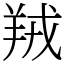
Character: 羢